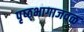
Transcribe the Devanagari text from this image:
पृष्ठ्भागाजवळ